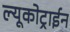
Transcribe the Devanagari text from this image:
ल्यूकोट्राईन